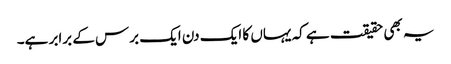
یہ بھی حقیقت ہے کہ یہاں کا ایک دن ایک برس کے برابر ہے۔